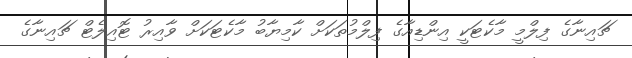
ޗައިނާގެ ފިލްމީ މާކެޓަކީ އިންޑިއާގެ ފިލްމުތަކަށް ކާމިޔާބު މާކެޓަކަށް ވާއިރު ޓޮއިލެޓް ޗައިނާގެ